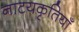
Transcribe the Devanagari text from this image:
नाटयकृतियाँ